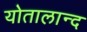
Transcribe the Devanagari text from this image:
योतालान्द